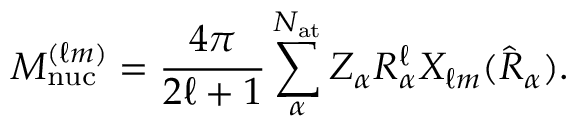
M _ { \mathrm { n u c } } ^ { ( \ell m ) } = \frac { 4 \pi } { 2 \ell + 1 } \sum _ { \alpha } ^ { N _ { \mathrm { a t } } } Z _ { \alpha } R _ { \alpha } ^ { \ell } X _ { \ell m } ( \hat { R } _ { \alpha } ) .